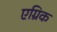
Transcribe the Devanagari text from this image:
एग्रिक